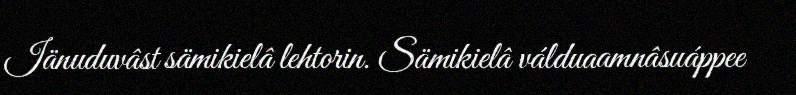
Iänuduvâst sämikielâ lehtorin. Sämikielâ válduaamnâsuáppee